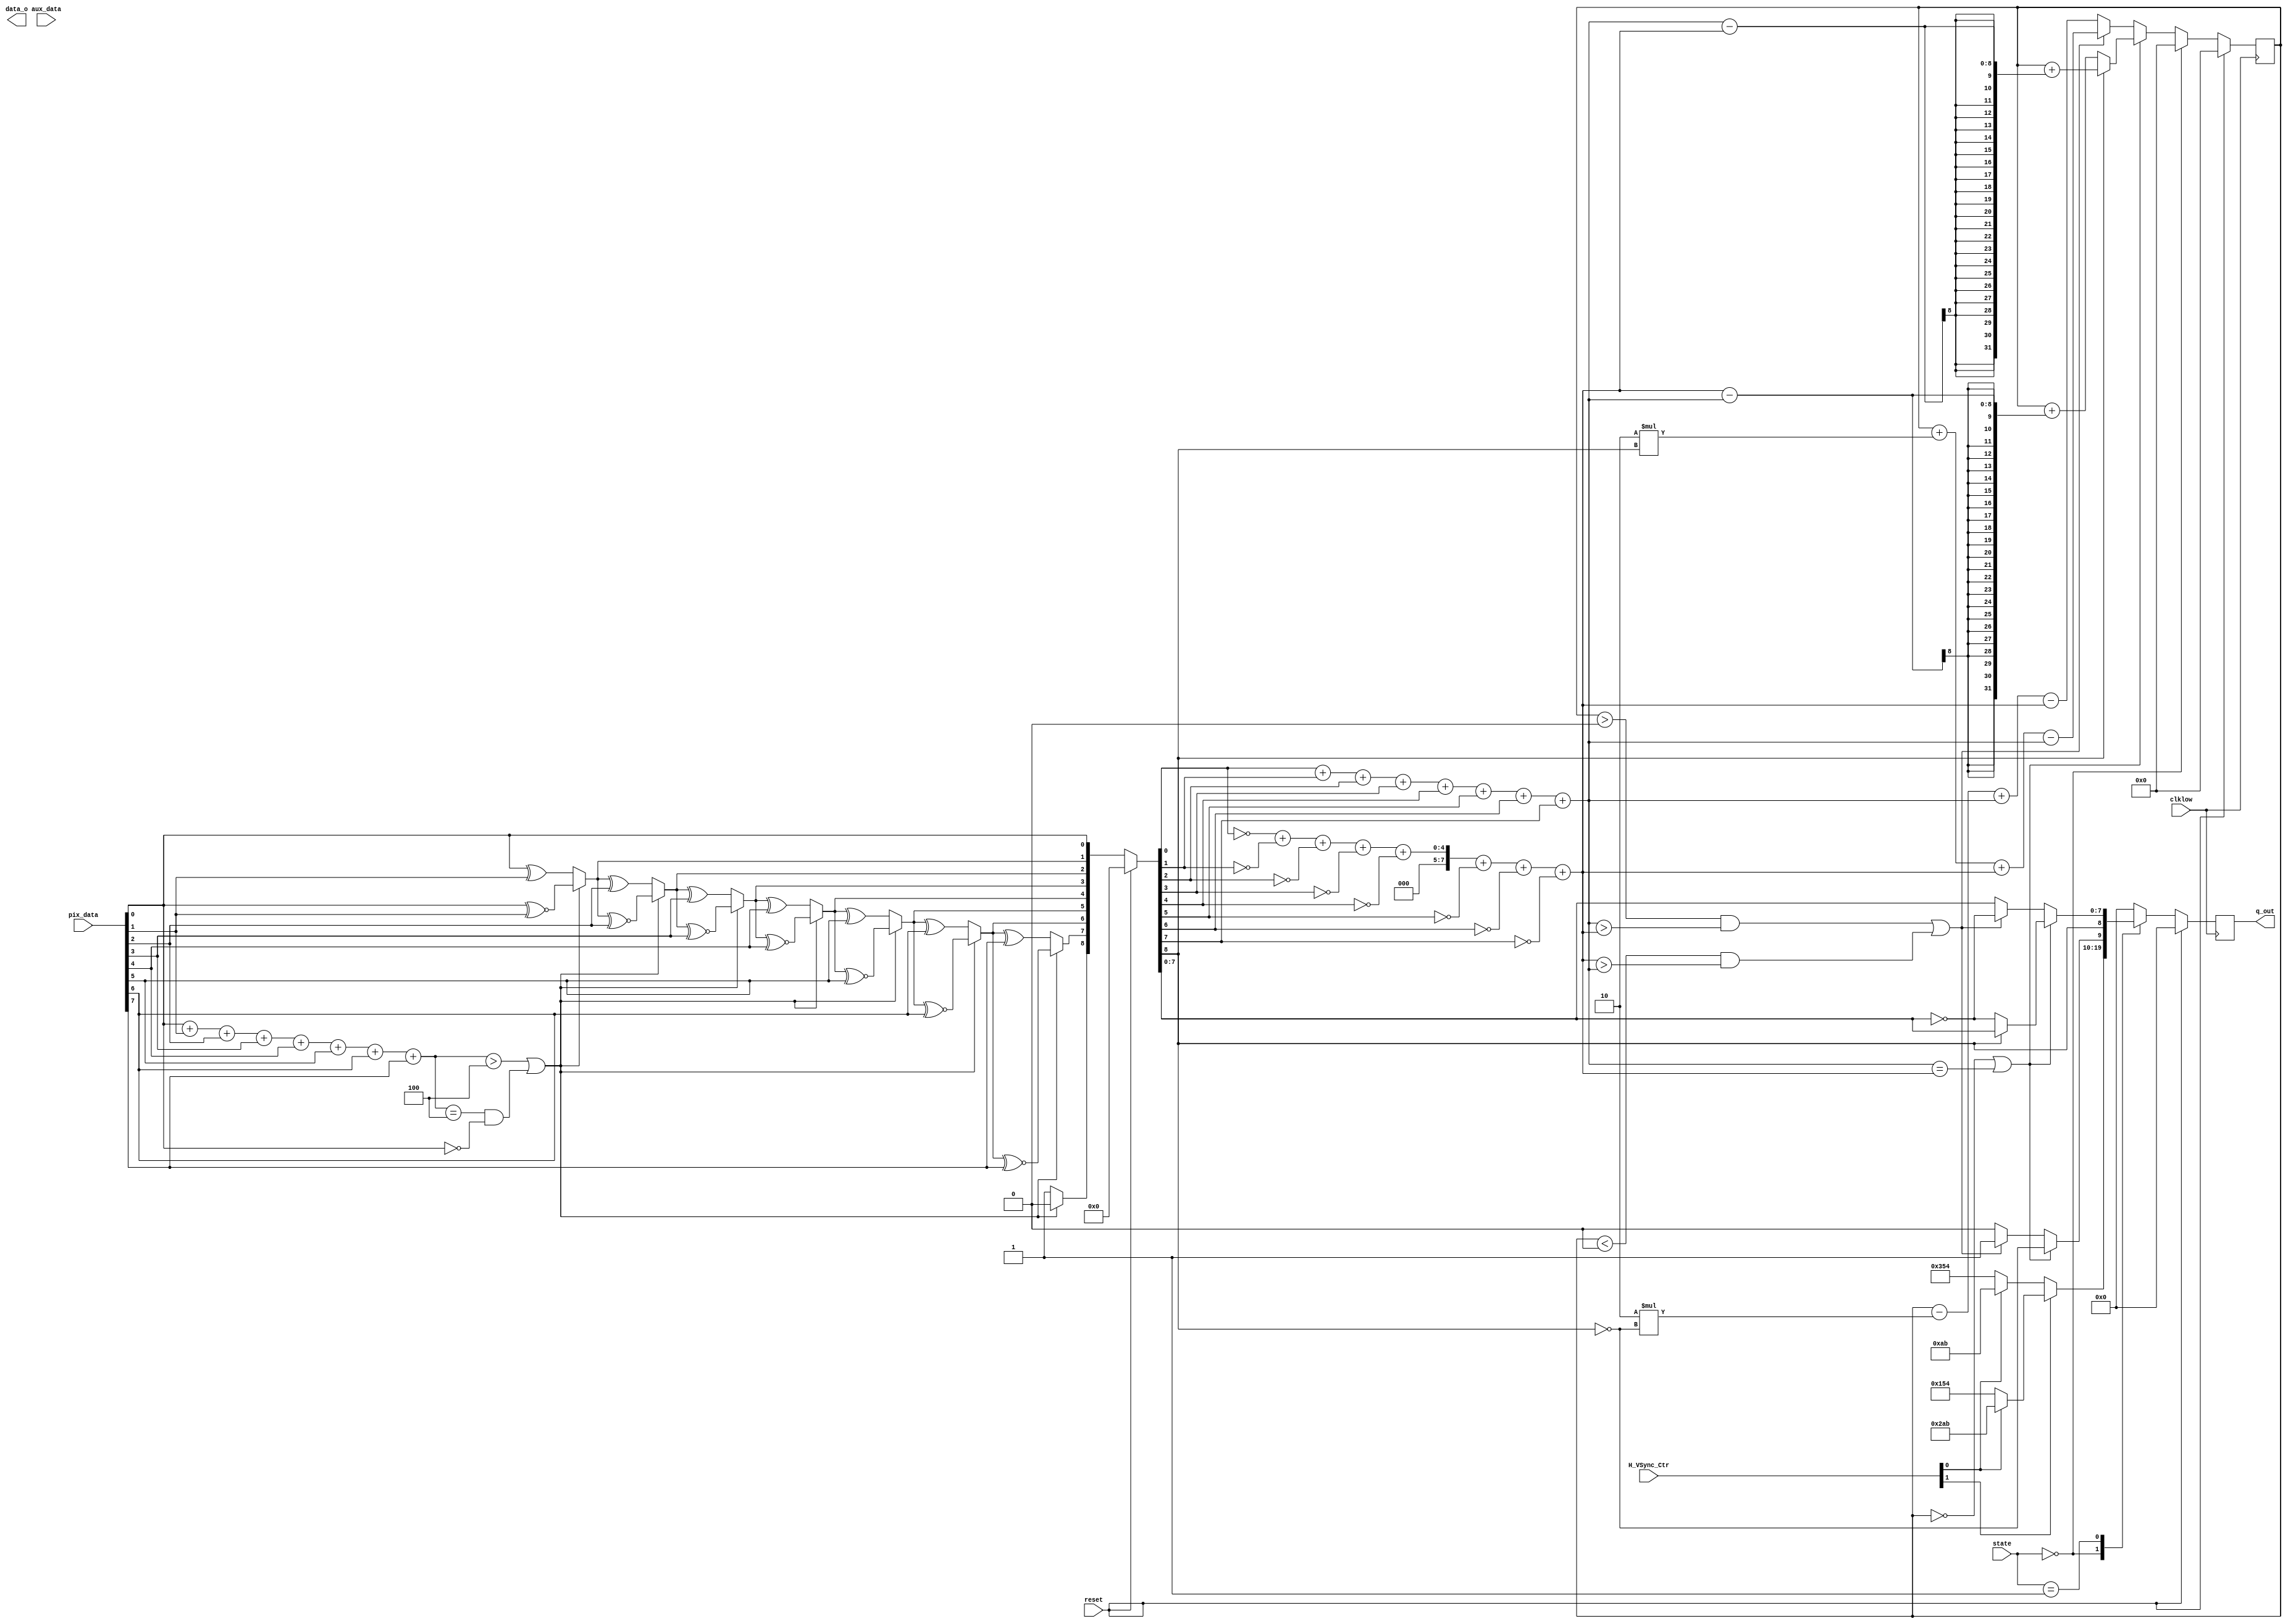
module TMDS_Encoder(input clklow,input reset,input [1:0]state
		,input[7:0] pix_data,input[1:0] H_VSync_Ctr,input[3:0] aux_data,output data_o,output[9:0] q_out);
	///////////////////////////	
	reg[9:0]q_out1;
	integer cnt_old=0;	
	wire[7:0] N1qm=(q_m[0]==1)+(q_m[1]==1)+(q_m[2]==1)+(q_m[3]==1)+(q_m[4]==1)+(q_m[5]==1)+(q_m[6]==1)+(q_m[7]==1);
	wire[7:0] N0qm=(q_m[0]==0)+(q_m[1]==0)+(q_m[2]==0)+(q_m[3]==0)+(q_m[4]==0)+(q_m[5]==0)+(q_m[6]==0)+(q_m[7]==0);
	wire[7:0] N1pd=(pix_data[0]==1)+(pix_data[1]==1)+(pix_data[2]==1)+(pix_data[3]==1)+(pix_data[4]==1)+(pix_data[5]==1)+(pix_data[6]==1)+(pix_data[7]==1);
	wire[7:0] N0pd=(pix_data[0]==0)+(pix_data[1]==0)+(pix_data[2]==0)+(pix_data[3]==0)+(pix_data[4]==0)+(pix_data[5]==0)+(pix_data[6]==0)+(pix_data[7]==0);
			
	
	wire[8:0] q_m=(reset==1)?0:{q_m8,q_m7,q_m6,q_m5,q_m4,q_m3,q_m2,q_m1,q_m0};
	wire q_m0=pix_data[0];	
	wire q_m1=(((N1(pix_data)>4)||(N1(pix_data)=='d4 && pix_data[0]=='b0))? q_m0~^pix_data[1]:q_m0^pix_data[1]);
	wire q_m2=(((N1(pix_data)>4)||(N1(pix_data)=='d4 && pix_data[0]=='b0))? q_m1~^pix_data[2]:q_m1^pix_data[2]);
	wire q_m3=(((N1(pix_data)>4)||(N1(pix_data)=='d4 && pix_data[0]=='b0))? q_m2~^pix_data[3]:q_m2^pix_data[3]);
	wire q_m4=(((N1(pix_data)>4)||(N1(pix_data)=='d4 && pix_data[0]=='b0))? q_m3~^pix_data[4]:q_m3^pix_data[4]);
	wire q_m5=(((N1(pix_data)>4)||(N1(pix_data)=='d4 && pix_data[0]=='b0))? q_m4~^pix_data[5]:q_m4^pix_data[5]);
	wire q_m6=(((N1(pix_data)>4)||(N1(pix_data)=='d4 && pix_data[0]=='b0))? q_m5~^pix_data[6]:q_m5^pix_data[6]);
	wire q_m7=(((N1(pix_data)>4)||(N1(pix_data)=='d4 && pix_data[0]=='b0))? q_m6~^pix_data[7]:q_m6^pix_data[7]);
	wire q_m8=(((N1(pix_data)>4)||(N1(pix_data)=='d4 && pix_data[0]=='b0))? 'b0:'b1);
	
	
	wire q_out2p1=  ((cnt_old==0)||(N1(q_m[7:0])==N0(q_m[7:0]))) ? !q_m[8] :(((cnt_old>0 && ((N1(q_m[7:0])>N0(q_m[7:0])))||(cnt_old<0 && ((N0(q_m[7:0])>N1(q_m[7:0])))))?'b1:'b0));
	wire q_out2p2=  ((cnt_old==0)||(N1(q_m[7:0])==N0(q_m[7:0]))) ? q_m[8] : (((cnt_old>0 && ((N1(q_m[7:0])>N0(q_m[7:0])))||(cnt_old<0 && ((N0(q_m[7:0])>N1(q_m[7:0])))))?q_m[8]:q_m[8]));
	wire[7:0] q_out2p3=(reset==1)?0:((cnt_old==0)||(N1(q_m[7:0])==N0(q_m[7:0]))) ? ((q_m[8]==1)?q_m[7:0]:~q_m[7:0]) : (((cnt_old>0 && ((N1(q_m[7:0])>N0(q_m[7:0])))||(cnt_old<0 && ((N0(q_m[7:0])>N1(q_m[7:0])))))?~q_m[7:0]:q_m[7:0]));
	wire[9:0] q_out2=(reset==1)?0:{q_out2p1,q_out2p2,q_out2p3};			
	
	wire[31:0] cnt0=cnt_old+(N0(q_m[7:0])-N1(q_m[7:0]));
	wire[31:0] cnt1=cnt_old+(N1(q_m[7:0])-N0(q_m[7:0]));
	wire[31:0] cnt2=cnt_old+2*q_m[8]+N0(q_m[7:0])-N1(q_m[7:0]);
	wire[31:0] cnt3=cnt_old-2*(!q_m[8])+N1(q_m[7:0])-N0(q_m[7:0]);	
	wire[31:0] cnt=(reset==1)?0:(((cnt_old==0)||(N1(q_m[7:0])==N0(q_m[7:0]))) ? ((q_m[8]==0)? cnt0 : cnt1 ) :(((cnt_old>0 && N1(q_m[7:0])>N0(q_m[7:0]))||(cnt_old<0 && (N0(q_m[7:0])>N1(q_m[7:0]))))? cnt2:cnt3));
	
	
	wire[10:0] tmds_cnt=(H_VSync_Ctr[1]==1)?((H_VSync_Ctr[0]==1)?10'b1010101011 :10'b0101010100 ) : ((H_VSync_Ctr[0]==1)? 10'b0010101011 : 10'b1101010100);
		
	always @(posedge clklow) begin	
		if(reset==1) begin
			cnt_old=0;
			q_out1=0;
		end
		else begin
			cnt_old=cnt;
			case (state) 
				'b00: begin	//h0 refers to Control Period coding
					cnt_old=0;
					q_out1=tmds_cnt;				
				end			
				2'b01: begin	//h2 refers to Video Data coding				
					q_out1=q_out2;					
						
				end
				default: begin
					q_out1='b0000000000;
				end				
			endcase				 
		end
	end
	assign q_out=q_out1;	
	
	function automatic [7:0] N0(input[7:0 ]data);		
		begin
			N0=(data[0]==0)+(data[1]==0)+(data[2]==0)+(data[3]==0)+(data[4]==0)+(data[5]==0)+(data[6]==0)+(data[7]==0);
		end
	endfunction

	function automatic [7:0] N1(input[7:0 ]data);		
		begin
			N1=(data[0]==1)+(data[1]==1)+(data[2]==1)+(data[3]==1)+(data[4]==1)+(data[5]==1)+(data[6]==1)+(data[7]==1);
		end
	endfunction	
endmodule